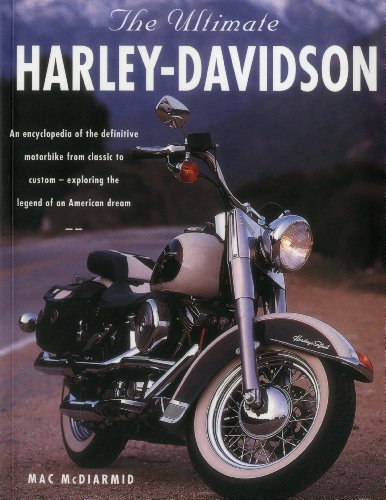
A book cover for The Ultimate Harley Davidson: An Encyclopedia Of The Definitive Motorbike From Classic To Custom - Exploring The Legend Of An American Dream; Mac Mcdiarmid; Arts & Photography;